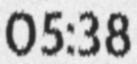
05:38